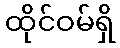
ထိုင်ဝမ်ရှိ